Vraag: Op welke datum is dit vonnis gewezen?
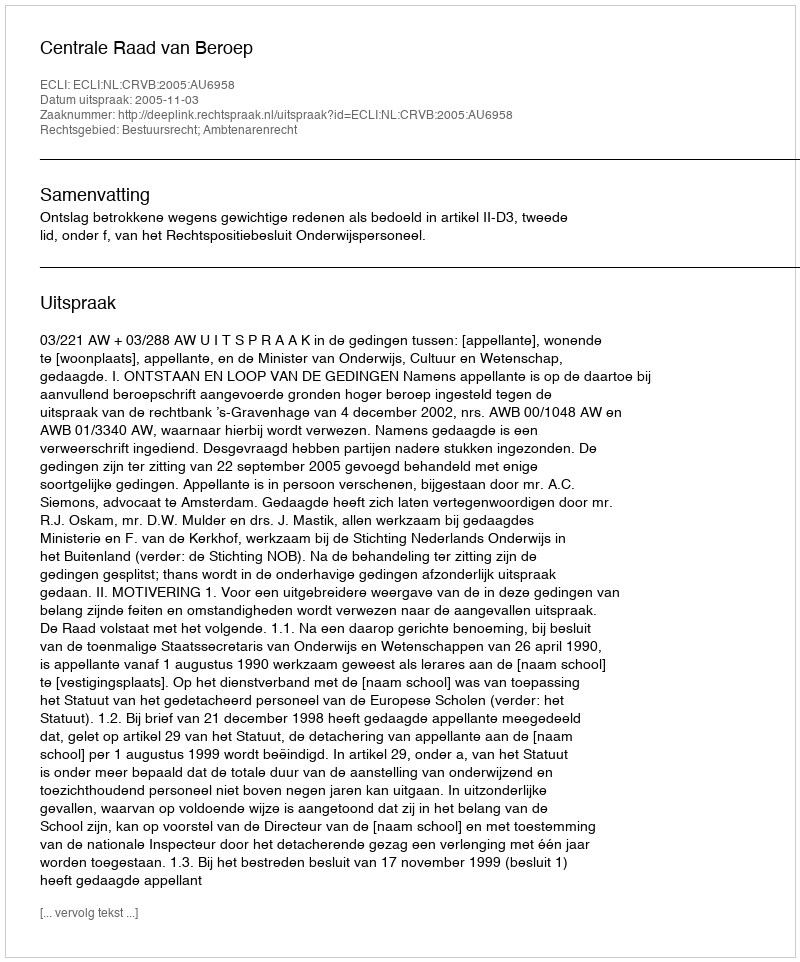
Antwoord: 2005-11-03